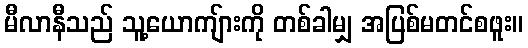
မီလာနီသည် သူ့ယောကျ်ားကို တစ်ခါမျှ အပြစ်မတင်စဖူး။